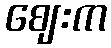
ဈေးက